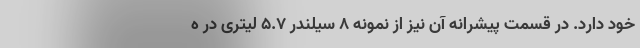
خود دارد. در قسمت پیشرانه آن نیز از نمونه 8 سیلندر 5.7 لیتری در ه